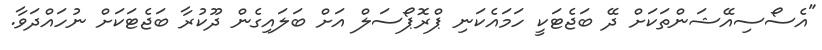
"އެސޯސިއޭޝަންތަކަށް ދޭ ބަޖެޓަކީ ހަމައެކަނި ޕްރޮޕޯސަލް އަށް ބަލަައިގެން ދޫކުރާ ބަޖެޓަކަށް ނުހައްދަވާ.